Vaccination in Bombay 1863-1868 - 1863-1868
Year: 1863
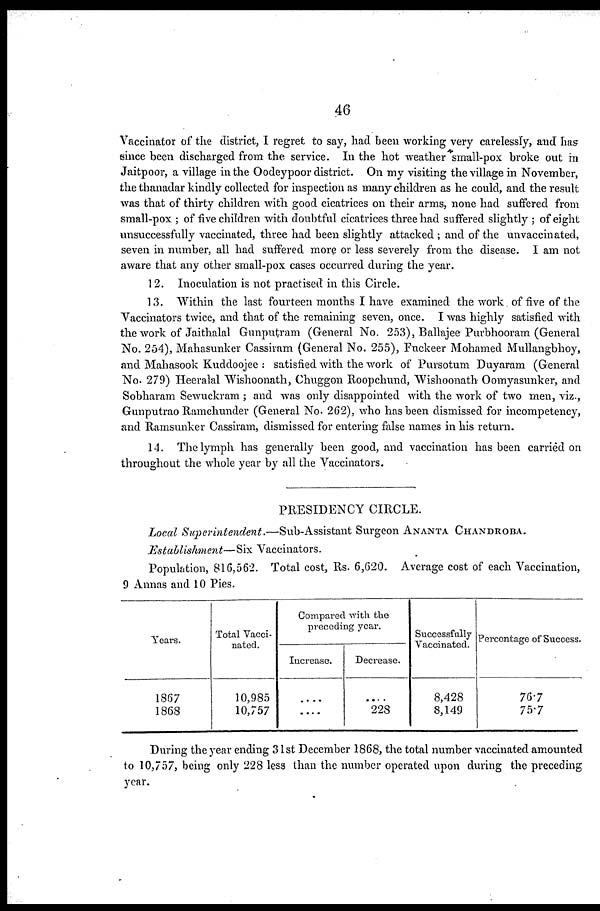
46
Vaccinator of the district, I regret to say, had been working very carelessly, and has
since been discharged from the service. In the hot weather small-pox broke out in
Jaitpoor, a village in the Oodeypoor district. On my visiting the village in November,
the thanadar kindly collected for inspection as many children as he could, and the result
was that of thirty children with good cicatrices on their arms, none had suffered from
small-pox ; of five children with doubtful cicatrices three had suffered slightly ; of eight
unsuccessfully vaccinated, three had been slightly attacked ; and of the unvaccinated,
seven in number, all had suffered more or less severely from the disease. I am not
aware that any other small-pox cases occurred during the year.
12. Inoculation is not practised in this Circle.
13. Within the last fourteen months I have examined the work of five of the
Vaccinators twice, and that of the remaining seven, once. I was highly satisfied with
the work of Jaithalal Gunputram (General No. 253), Ballajee Purbhooram (General
No. 254), Mahasunker Cassiram (General No. 255), Fuckeer Mohamed Mullangbhoy,
and Mahasook Kuddoojee : satisfied with the work of Pursotum Duyaram (General
No. 279) Heeralal Wishoonath, Chuggon Roopchund, Wishoonath Oomyasunker, and
Sobharam Sewuckram ; and was only disappointed with the work of two men, viz.,
Gunputrao Ramchunder (General No. 262), who has been dismissed for incompetency,
and Ramsunker Cassiram, dismissed for entering false names in his return.
14. The lymph has generally been good, and vaccination has been carried on
throughout the whole year by all the Vaccinators.
PRESIDENCY CIRCLE.
Local Superintendent.—Sub-Assistant
Surgeon ANANTA CHANDROBA.
Establishment—Six Vaccinators.
Population, 816,562. Total cost, Rs. 6,620. Average cost of each Vaccination,
9 Annas and 10 Pies.
Years.
1867
1868
Total Vacci-
nated.
10,985
10,757
Compared with the
preceding year.
Increase.
....
....
Decrease.
....
228
Successfully
Vaccinated.
8,428
8,149
Percentage of Success.
76.7
75.7
During the year ending 31st December 1868, the total number vaccinated amounted
to 10,757, being only 228 less than the number operated upon during the preceding
year.